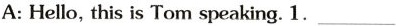
A: Hello, this is Tom speaking. 1. ___